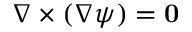
\nabla \times ( \nabla \psi ) = \mathbf { 0 }